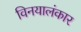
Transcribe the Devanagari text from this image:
विनयालंकार